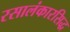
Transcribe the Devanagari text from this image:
रसालंकारसिद्ध